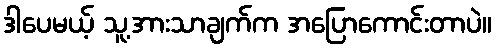
ဒါပေမယ့် သူ့အားသာချက်က အပြောကောင်းတာပဲ။